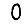
Digit: 0